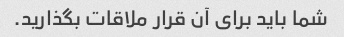
شما باید برای آن قرار ملاقات بگذارید.